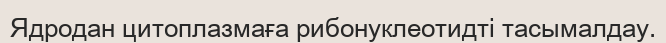
Ядродан цитоплазмаға рибонуклеотидтi тасымалдау.